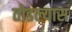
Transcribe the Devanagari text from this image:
तोडल्यास